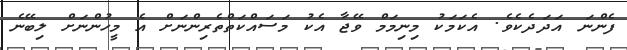
ފެންނަ އަދަދެކެވެ. އެކަމަކު މިނިމަމް ވޭޖާ އެކު މަސައްކަތްތެރިންނަށް އެ މީހުންނަށް ލިބޭނެ